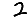
Digit: 2